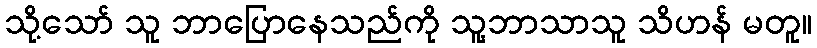
သို့သော် သူ ဘာပြောနေသည်ကို သူ့ဘာသာသူ သိဟန် မတူ။